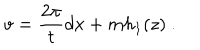
v = \frac { 2 \pi } { t } d x + m h _ { 1 } ( z ) \ .